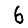
Digit: 6